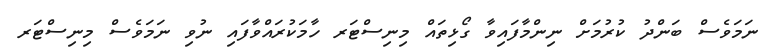
ނަމަވެސް ބަންދު ކުރުމަށް ނިންމާފައިވާ ގޯޅިތައް މިނިސްޓަރ ހާމަކުރައްވާފައި ނުވި ނަމަވެސް މިނިސްޓަރ